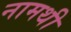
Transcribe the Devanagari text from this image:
नामथी